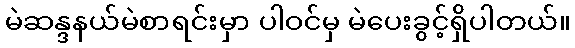
မဲဆန္ဒနယ်မဲစာရင်းမှာ ပါဝင်မှ မဲပေးခွင့်ရှိပါတယ်။